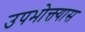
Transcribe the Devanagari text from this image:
उपभोक्त्यास